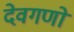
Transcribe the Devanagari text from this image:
देवगणो